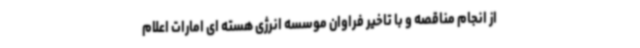
از انجام مناقصه و با تاخیر فراوان موسسه انرژی هسته ای امارات اعلام